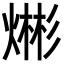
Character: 𪹡